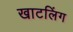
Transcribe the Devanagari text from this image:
खाटलिंग